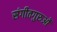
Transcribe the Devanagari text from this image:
संगीतगुरुओं